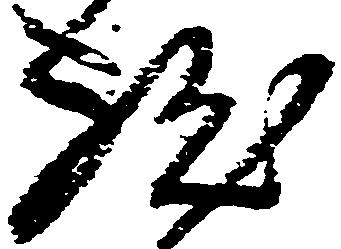
然